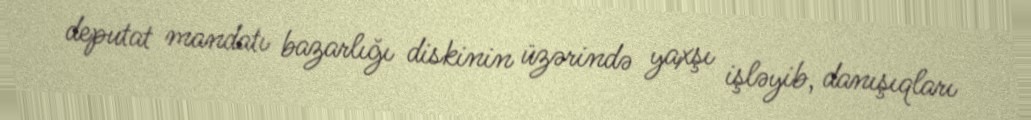
deputat mandatı bazarlığı diskinin üzərində yaxşı işləyib, danışıqları